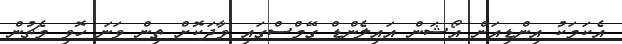
އެކަމަކު އިންޑިއަން އޯޝަން އައިލެންޑް ގޭމްސްގައި ވާދަކޮށް ތިން ވަނަ ހޮވި މެޗުން